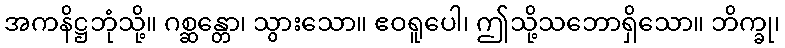
အကနိဋ္ဌဘုံသို့။ ဂစ္ဆန္တော၊ သွားသော။ ဧဝရူပေါ၊ ဤသို့သဘောရှိသော။ ဘိက္ခု၊